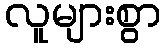
လူများစွာ